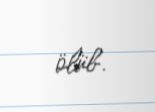
ölüb.